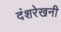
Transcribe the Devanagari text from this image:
दंशरेखनी